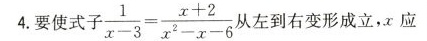
4要使式子 $$\frac { 1 } { x - 3 } = \frac { x + 2 } { x ^ { 2 } - x - 6 }$$ 从左到右变形成立，x应